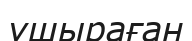
ушыраған